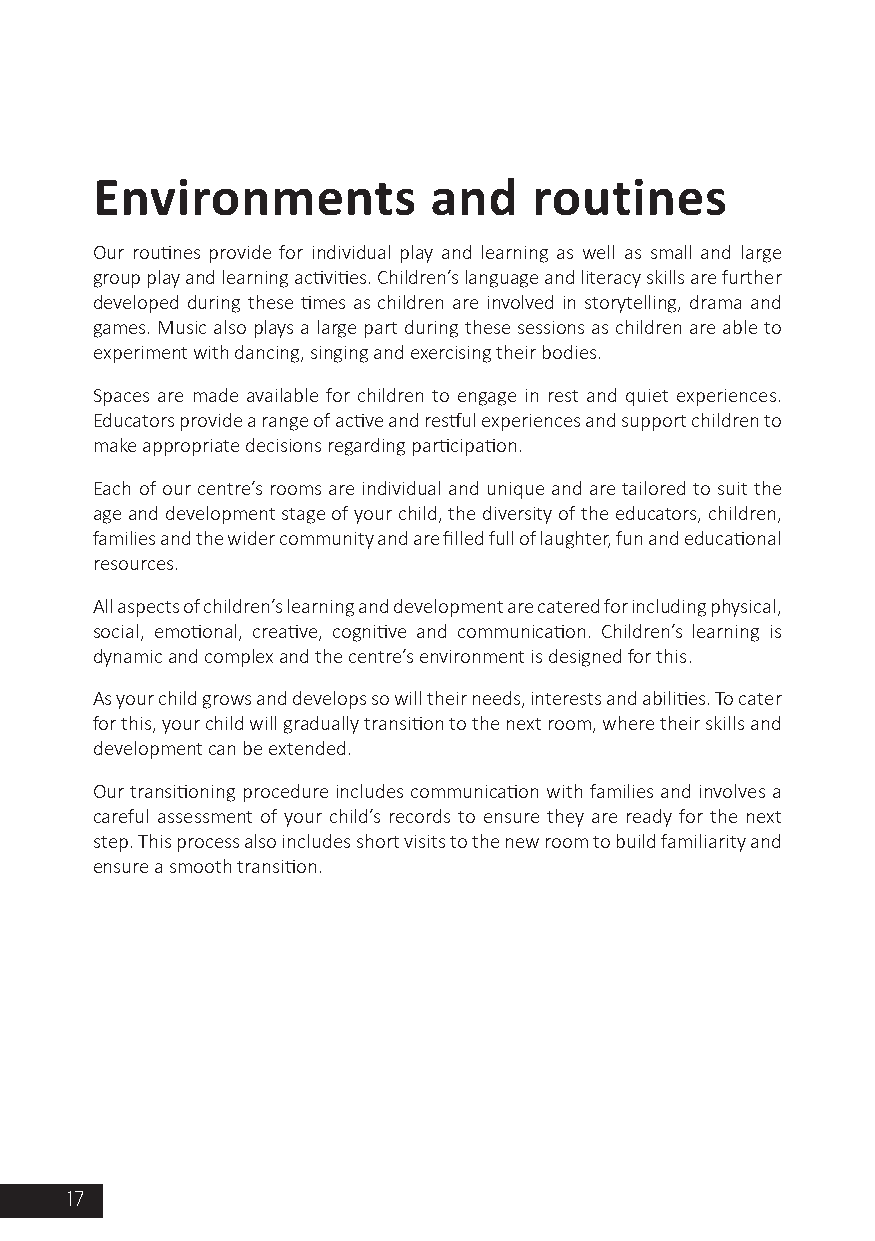
Environments          and    routines
 Our routines provide for individual play and learning as well as small and large
 group play and learning activities. Children’s language and literacy skills are further
 developed during these times as children are involved in storytelling, drama and
 games. Music also plays a large part during these sessions as children are able to
 experiment with dancing, singing and exercising their bodies.
 Spaces are made available for children to engage in rest and quiet experiences.
 Educators provide a range of active and restful experiences and support children to
 make appropriate decisions regarding participation.
 Each of our centre’s rooms are individual and unique and are tailored to suit the
 age and development stage of your child, the diversity of the educators, children,
 families and the wider community and are filled full of laughter, fun and educational
 resources.
 All aspects of children’s learning and development are catered for including physical,
 social, emotional, creative, cognitive and communication. Children’s learning is
 dynamic and complex and the centre’s environment is designed for this.
 As your child grows and develops so will their needs, interests and abilities. To cater
 for this, your child will gradually transition to the next room, where their skills and
 development can be extended.
 Our transitioning procedure includes communication with families and involves a
 careful assessment of your child’s records to ensure they are ready for the next
 step. This process also includes short visits to the new room to build familiarity and
 ensure a smooth transition.
 17